Scientific memoirs by medical officers of the Army of India - Part II,
Year: 1886
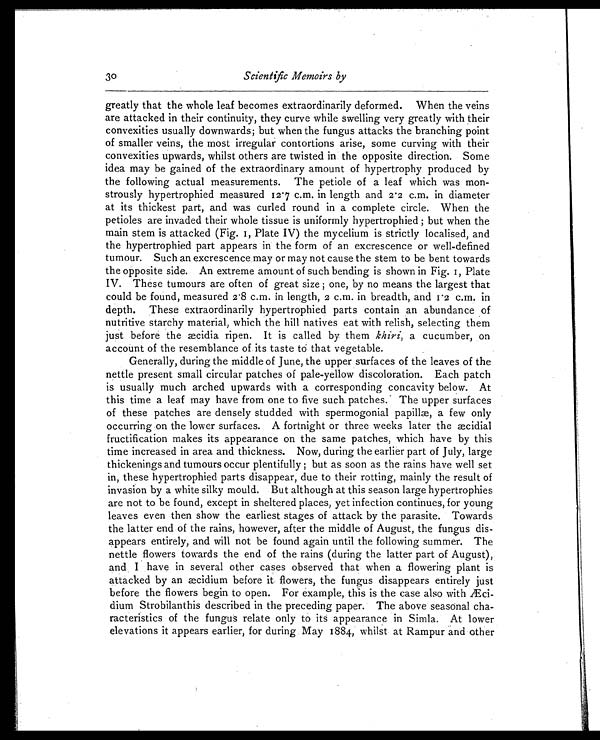
30
Scientific Memoirs by
greatly that the whole leaf becomes extraordinarily deformed. When the veins
are attacked in their continuity, they curve while swelling very greatly with their
convexities usually downwards; but when the fungus attacks the branching point
of smaller veins, the most irregular contortions arise, some curving with their
convexities upwards, whilst others are twisted in the opposite direction. Some
idea may be gained of the extraordinary amount of hypertrophy produced by
the following actual measurements. The petiole of a leaf which was mon-
strously hypertrophied measured 12.7 c.m. in length and 2.2 c.m. in diameter
at its thickest part, and was curled round in a complete circle. When the
petioles are invaded their whole tissue is uniformly hypertrophied ; but when the
main stem is attacked (Fig. 1, Plate IV) the mycelium is strictly localised, and
the hypertrophied part appears in the form of an excrescence or well-defined
tumour. Such an excrescence, may or may not cause the stem to be bent towards
the opposite side. An extreme amount of such bending is shown in Fig. 1, Plate
IV. These tumours are often of great size ; one, by no means the largest that
could be found, measured 2.8 c.m. in length, 2 c.m. in breadth, and 1.2 c.m. in
depth. These extraordinarily hypertrophied parts contain an abundance of
nutritive starchy material, which the hill natives eat with relish, selecting them
just before the æcidia ripen. It is called by them khiri, a cucumber, on
account of the resemblance of its taste to that vegetable.
Generally, during the middle of June, the upper surfaces of the leaves of the
nettle present small circular patches of pale-yellow discoloration. Each patch
is usually much arched upwards with a corresponding concavity below. At
this time a leaf may have from one to five such patches. The upper surfaces
of these patches are densely studded with spermogonial papillæ, a few only
occurring on the lower surfaces. A fortnight or three weeks later the æcidial
fructification makes its appearance on the same patches, which have by this
time increased in area and thickness. Now, during the earlier part of July, large
thickenings and tumours occur plentifully ; but as soon as the rains have well set
in, these hypertrophied parts disappear, due to their rotting, mainly the result of
invasion by a white silky mould. But although at this season large hypertrophies
are not to be found, except in sheltered places, yet infection continues, for young
leaves even then show the earliest stages of attack by the parasite. Towards
the latter end of the rains, however, after the middle of August, the fungus dis-
appears entirely, and will not be found again until the following summer. The
nettle flowers towards the end of the rains (during the latter part of August),
and. I have in several other cases observed that when a flowering plant is
attacked by an æcidium before it flowers, the fungus disappears entirely just
before the flowers begin to open. For example, this is the case also with Æci-
dium Strobilanthis described in the preceding paper. The above seasonal cha-
racteristics of the fungus relate only to its appearance in Simla. At lower
elevations it appears earlier, for during May 1884, whilst at Rampur and other